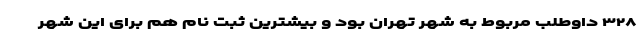
٣٢٨ داوطلب مربوط به شهر تهران بود و بیشترین ثبت نام هم برای این شهر